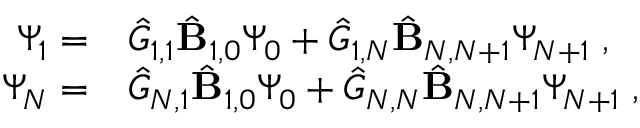
\begin{array} { r l } { \Psi _ { 1 } = } & { { \hat { G } } _ { 1 , 1 } \hat { \mathbf { B } } _ { 1 , 0 } \Psi _ { 0 } + { \hat { G } } _ { 1 , N } \hat { \mathbf { B } } _ { N , N + 1 } \Psi _ { N + 1 } \; , } \\ { \Psi _ { N } = } & { { \hat { G } } _ { N , 1 } \hat { \mathbf { B } } _ { 1 , 0 } \Psi _ { 0 } + { \hat { G } } _ { N , N } \hat { \mathbf { B } } _ { N , N + 1 } \Psi _ { N + 1 } \; , } \end{array}